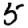
Digit: 5